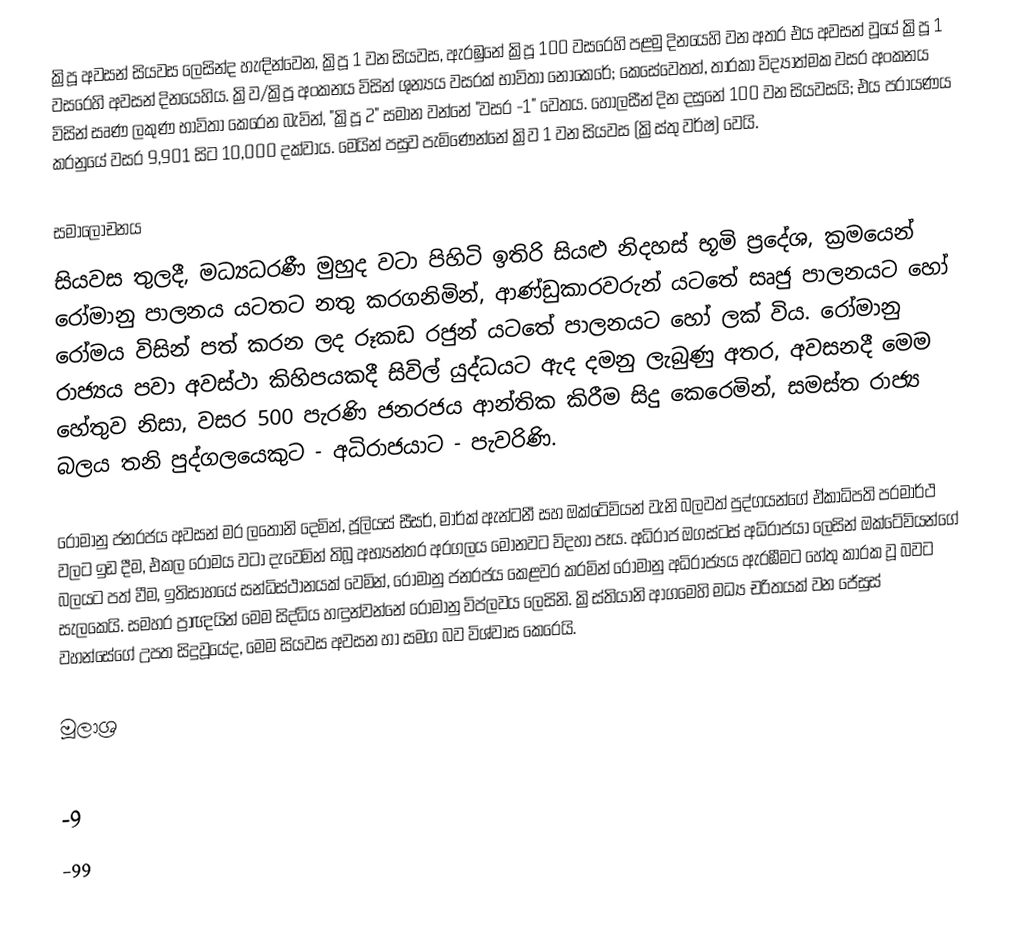
ක්‍රිපූ අවසන් සියවස ලෙසින්ද හැඳින්වෙන, ක්‍රිපූ 1 වන සියවස, ඇරඹුනේ  ක්‍රිපූ 100 වසරෙහි පළමු දිනයෙහි වන අතර එය අවසන් වූයේ  ක්‍රිපූ 1 වසරෙහි අවසන් දිනයෙහිය. ක්‍රිව/ක්‍රිපූ අංකනය විසින්  ශුන්‍යය වසරක් භාවිතා නොකෙරේ; කෙසේවෙතත්, තාරකා විද්‍යාත්මක වසර අංකනය විසින් සෘණ ලකුණ භාවිතා කෙරෙන බැවින්, "ක්‍රිපූ 2" සමාන වන්නේ  "වසර -1" වෙතය. හොලසීන් දින දසුනේ 100 වන සියවසයි; එය පරායණය කරනුයේ වසර  9,901 සිට 10,000 දක්වාය.   මෙයින් පසුව පැමිණෙන්නේ ක්‍රිව 1 වන සියවස (ක්‍රිස්තු වර්ෂ) වෙයි.

සමාලෝචනය
සියවස තුලදී, මධ්‍යධරණී මුහුද වටා පිහිටි ඉතිරි සියළු නිදහස් භූමි ප්‍රදේශ, ක්‍රමයෙන් රෝමානු පාලනය යටතට නතු කරගනිමින්, ආණ්ඩුකාරවරුන් යටතේ සෘජු පාලනයට හෝ රෝමය විසින් පත් කරන ලද රූකඩ රජුන් යටතේ පාලනයට හෝ ලක් විය. රෝමානු රාජ්‍යය පවා අවස්ථා කිහිපයකදී සිවිල් යුද්ධයට ඇද දමනු ලැබුණු අතර, අවසනදී මෙම හේතුව නිසා, වසර  500 පැරණි ජනරජය ආන්තික කිරීම සිදු කෙරෙමින්, සමස්ත රාජ්‍ය බලය  තනි පුද්ගලයෙකුට - අධිරාජයාට - පැවරිණි.

රෝමානු ජනරජය අවසන් මර ලතෝනි දෙමින්, ජූලියස් සීසර්, මාර්ක් ඇන්ටනී සහ  ඔක්ටේවියන් වැනි බලවත් පුද්ගයන්ගේ ඒකාධිපති පරමාර්ථ වලට ඉඩ දීම, එකල රෝමය වටා දැවෙමින් තිබූ අභ්‍යන්තර අරගලය මොනවට විදහා පෑය. අධිරාජ ඔගස්ටස් අධිරාජයා ලෙසින් ඔක්ටේවියන්ගේ බලයට පත් වීම, ඉතිසාහයේ සන්ධිස්ථානයක් වෙමින්,  රෝමානු ජනරජය කෙළවර කරමින් රෝමානු අධිරාජ්‍යය ඇරඹීමට හේතු කාරක වූ බවට සැලකෙයි. සමහර ප්‍රාඥයින් මෙම සිද්ධිය හඳුන්වන්නේ රෝමානු විප්ලවය ලෙසිනි. ක්‍රිස්තියානි ආගමෙහි මධ්‍ය චරිතයක් වන ජේසුස් වහන්සේගේ උපත සිදුවූයේද, මෙම සියවස අවසන හා සමග බව විශ්වාස කෙරෙයි.

මූලාශ්‍ර

-9
-99